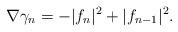
LaTeX: \begin{align*}\nabla \gamma_n = - | f_n |^2 + |f_{n-1}|^2.\end{align*}